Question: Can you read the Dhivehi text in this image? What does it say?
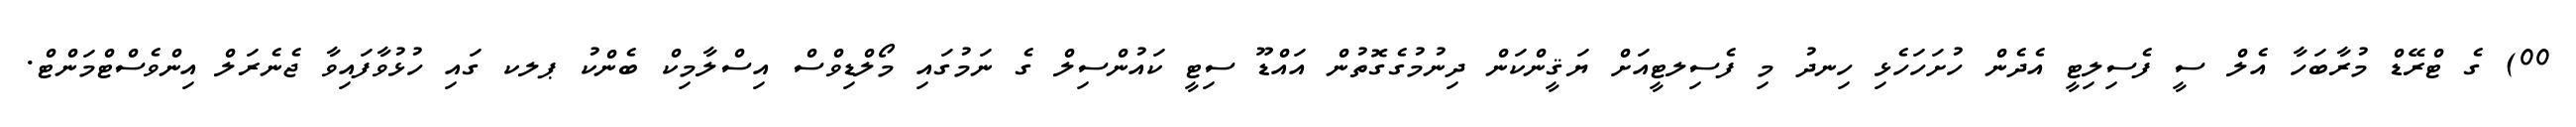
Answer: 00) ގެ ޓްރޭޑް މުރާބަހާ އެލް ސީ ފެސިލިޓީ އެދެން ހުށަހަހެޅި ހިނދު މި ފެސިލޓީއަށް ޔަޤީންކަން ދިނުމުގެގޮތުން އައްޑޫ ސިޓީ ކައުންސިލް ގެ ނަމުގައި މޯލްޑިވްސް އިސްލާމިކް ބެންކު ޕލކ ގައި ހުޅުވާފައިވާ ޖެނެރަލް އިންވެސްޓްމަންޓް.